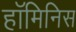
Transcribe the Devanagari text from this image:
हॉमिनिस